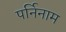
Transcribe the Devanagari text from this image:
पर्निनाम